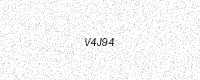
Text: V4J94